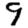
Digit: 9